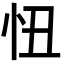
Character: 忸